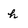
Character: h